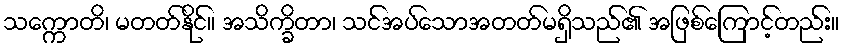
သက္ကောတိ၊ မတတ်နိုင်။ အသိက္ခိတာ၊ သင်အပ်သောအတတ်မရှိသည်၏ အဖြစ်ကြောင့်တည်း။